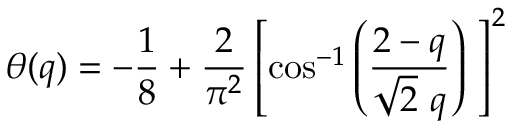
\theta ( q ) = - \frac { 1 } { 8 } + \frac { 2 } { \pi ^ { 2 } } \left[ \cos ^ { - 1 } \left( \frac { 2 - q } { \sqrt { 2 } \ q } \right) \ \right] ^ { 2 }